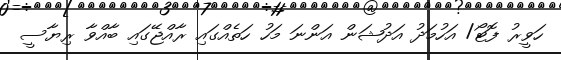
ހަވީރު ފޮޓޯ/ އަހުމަދު އަދުޝަން އަންނަ މަހު ހަތެއްގައި ރާއްޖޭގައި ބާއްވާ ރިޔާސީ